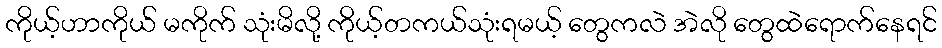
ကိုယ့်ဟာကိုယ် မကိုက် သုံးမိလို့ ကိုယ့်တကယ်သုံးရမယ့် တွေကလဲ အဲလို တွေထဲရောက်နေရင်